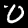
Label: 0